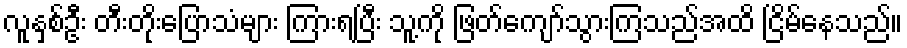
လူနှစ်ဦး တီးတိုးပြောသံများ ကြားရပြီး သူ့ကို ဖြတ်ကျော်သွားကြသည်အထိ ငြိမ်နေသည်။